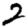
Digit: 2